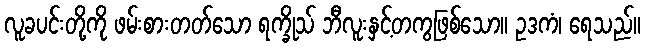
လူခပင်းတို့ကို ဖမ်းစားတတ်သော ရက္ခိုသ် ဘီလူးနှင့်တကွဖြစ်သော။ ဥဒကံ၊ ရေသည်။